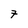
Character: 7